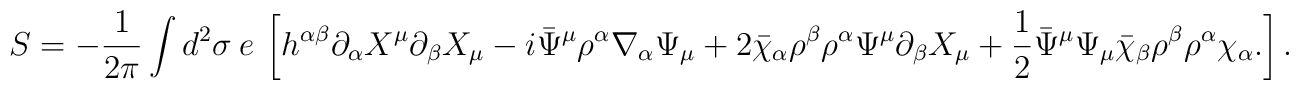
S= -\frac{1}{2\pi}\int d^2\sigma ~e~\left [ h^{\alpha\beta}\partial_{\alpha}X^{\mu }\partial_{\beta}X_{\mu } -i\bar \Psi^{\mu}\rho^{\alpha}\nabla_{\alpha}\Psi_{\mu}+ 2\bar{\chi}_{\alpha}\rho^{\beta}\rho^{\alpha}\Psi^{\mu}\partial_{\beta}X_{\mu}+\frac{1}{2}\bar{\Psi }^{\mu}\Psi_{\mu}\bar{\chi}_{\beta} \rho^{\beta}\rho^{\alpha}\chi_{\alpha}.\right ].